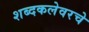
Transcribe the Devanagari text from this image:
शब्दकलेवरचे